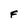
Character: F